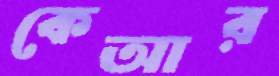
কেআর